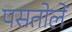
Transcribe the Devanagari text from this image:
पसतोलें